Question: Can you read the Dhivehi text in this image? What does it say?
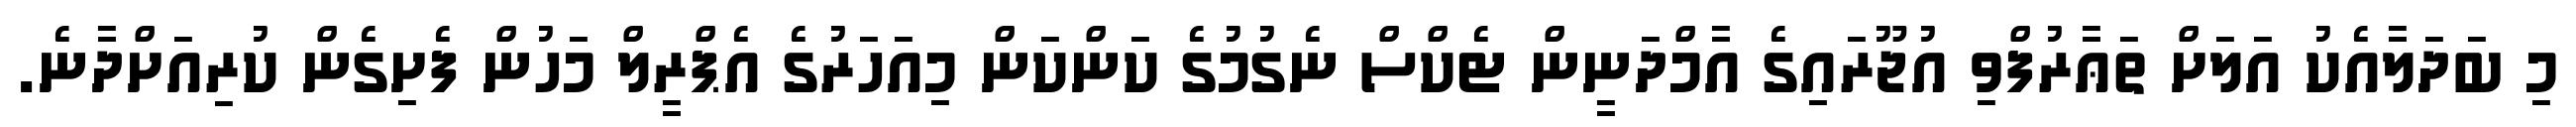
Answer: މި ބަދަލާއެކު އަލަށް ތަޢާރުފްވި އުޖޫރައިގެ އާމްދަނީން ޓެކްސް ނެގުމުގެ ކަންކަން މިއަހަރުގެ އެޕްރީލް މަހުން ފެށިގެން ކުރިއަށްދާނެ.